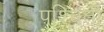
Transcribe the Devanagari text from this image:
पश्चिती